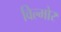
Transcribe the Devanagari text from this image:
विल्मोर